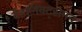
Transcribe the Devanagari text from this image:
वेइहनक्ट्समन